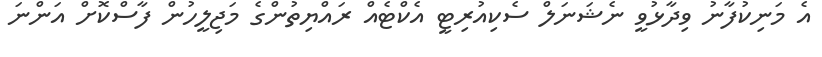
އެ މަނިކުފާނު ވިދާޅުވީ ނެޝަނަލް ސެކިއުރިޓީ އެކްޓެއް ރައްޔިތުންގެ މަޖިލީހުން ފާސްކޮށް އަންނަ